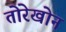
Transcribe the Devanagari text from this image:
तोरेखोन